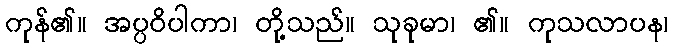
ကုန်၏။ အပ္ပဝိပါကာ၊ တို့သည်။ သုခုမာ၊ ၏။ ကုသလာပန၊